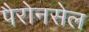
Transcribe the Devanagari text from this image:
पैरोनसेल